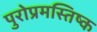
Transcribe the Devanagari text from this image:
पुरोप्रमस्तिष्क